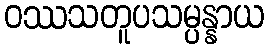
ဝဿသတူပသမ္ပန္နာယ